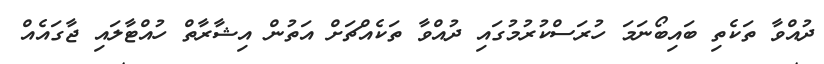
ދުއްވާ ތަކެތި ބައިބޯނަމަ ހުރަސްކުރުމުގައި ދުއްވާ ތަކެއްޗަށް އަތުން އިޝާރާތް ހުއްޓާލައި ޖާގައެއް